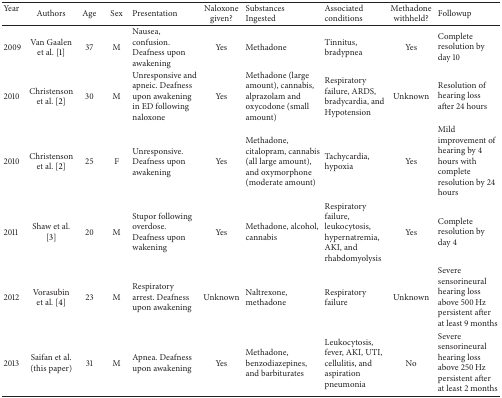
| Year | Authors | Age | Sex | Presentation | Naloxone given? | Substances Ingested | Associated conditions | Methadone withheld? | Followup |
 | --- | --- | --- | --- | --- | --- | --- | --- | --- | --- |
 | 2009 | Van Gaalen et al. [1] | 37 | M | Nausea, confusion. Deafness upon awakening | Yes | Methadone | Tinnitus, bradypnea | Yes | Complete resolution by day 10 |
 | 2010 | Christenson et al. [2] | 30 | M | Unresponsive and apneic. Deafness upon awakening in ED following naloxone | Yes | Methadone (large amount), cannabis, alprazolam and oxycodone (small amount) | Respiratory failure, ARDS, bradycardia, and Hypotension | Unknown | Resolution of hearing loss after 24 hours |
 | 2010 | Christenson et al. [2] | 25 | F | Unresponsive. Deafness upon awakening | Yes | Methadone, citalopram, cannabis (all large amount), and oxymorphone (moderate amount) | Tachycardia, hypoxia | Yes | Mild improvement of hearing by 4 hours with complete resolution by 24 hours |
 | 2011 | Shaw et al. [3] | 20 | M | Stupor following overdose. Deafness upon wakening | Yes | Methadone, alcohol, cannabis | Respiratory failure, leukocytosis, hypernatremia, AKI, and rhabdomyolysis | Yes | Complete resolution by day 4 |
 | 2012 | Vorasubin et al. [4] | 23 | M | Respiratory arrest. Deafness upon awakening | Unknown | Naltrexone, methadone | Respiratory failure | Unknown | Severe sensorineural hearing loss above 500 Hz persistent after at least 9 months |
 | 2013 | Saifan et al. (this paper) | 31 | M | Apnea. Deafness upon awakening | Yes | Methadone, benzodiazepines, and barbiturates | Leukocytosis, fever, AKI, UTI, cellulitis, and aspiration pneumonia | No | Severe sensorineural hearing loss above 250 Hz persistent after at least 2 months |